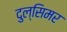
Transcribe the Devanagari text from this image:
दुल्सिमर